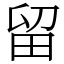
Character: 留